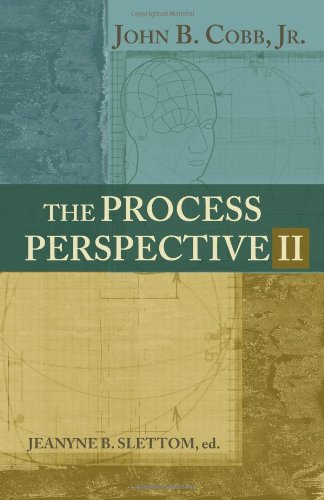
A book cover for The Process Perspective II; Dr. John Cobb Jr.; Christian Books & Bibles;